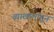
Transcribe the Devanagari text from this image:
व्याखानांतून